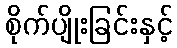
စိုက်ပျိုးခြင်းနှင့်